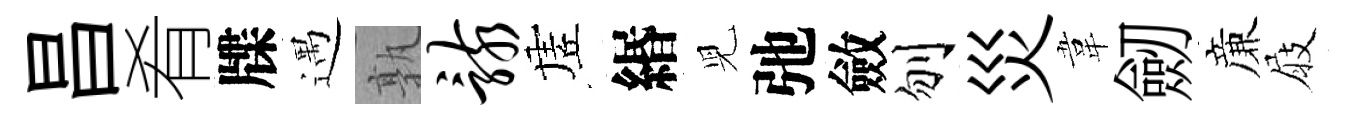
昌肴牒遇孰骸虗緡児弛斂刎災韋劒亷屐